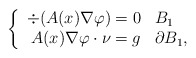
\begin{align*}\left\{\begin{array}{rl}\div(A(x) \nabla \varphi) = 0 & B_1\\A(x) \nabla \varphi \cdot \nu = g & \partial B_1,\end{array}\right.\end{align*}